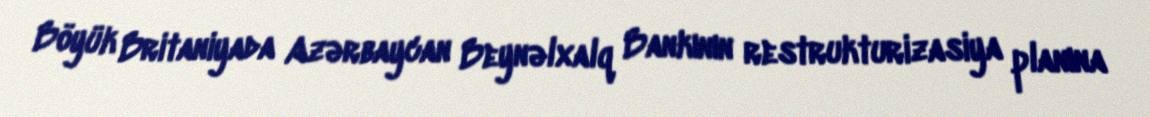
Böyük Britaniyada Azərbaycan Beynəlxalq Bankının restrukturizasiya planına